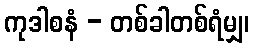
ကုဒါစနံ - တစ်ခါတစ်ရံမျှ၊